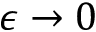
\epsilon \to 0